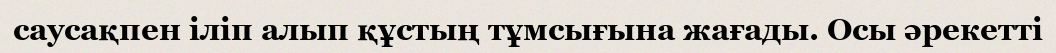
саусақпен іліп алып құстың тұмсығына жағады. Осы әрекетті